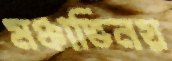
মঞ্চাভিনয়